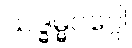
သဒ္ဓမ္မဝဂ္ဂေါ